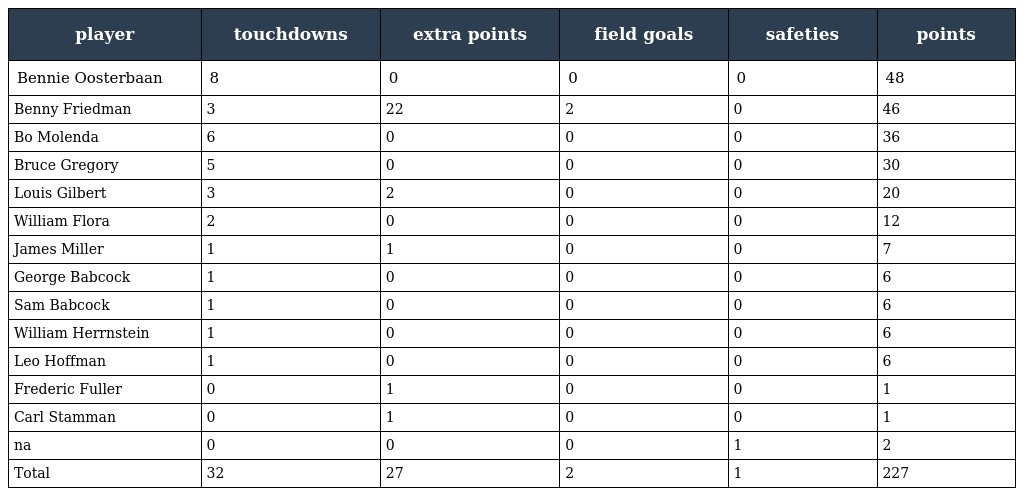
| player | touchdowns | extra points | field goals | safeties | points |
 | --- | --- | --- | --- | --- | --- |
 | Bennie Oosterbaan | 8 | 0 | 0 | 0 | 48 |
 | Benny Friedman | 3 | 22 | 2 | 0 | 46 |
 | Bo Molenda | 6 | 0 | 0 | 0 | 36 |
 | Bruce Gregory | 5 | 0 | 0 | 0 | 30 |
 | Louis Gilbert | 3 | 2 | 0 | 0 | 20 |
 | William Flora | 2 | 0 | 0 | 0 | 12 |
 | James Miller | 1 | 1 | 0 | 0 | 7 |
 | George Babcock | 1 | 0 | 0 | 0 | 6 |
 | Sam Babcock | 1 | 0 | 0 | 0 | 6 |
 | William Herrnstein | 1 | 0 | 0 | 0 | 6 |
 | Leo Hoffman | 1 | 0 | 0 | 0 | 6 |
 | Frederic Fuller | 0 | 1 | 0 | 0 | 1 |
 | Carl Stamman | 0 | 1 | 0 | 0 | 1 |
 | na | 0 | 0 | 0 | 1 | 2 |
 | Total | 32 | 27 | 2 | 1 | 227 |